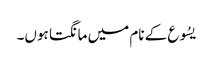
یسُوع کے نام میں مانگتا ہوں۔